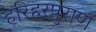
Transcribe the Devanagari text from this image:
हरिहरपुराण